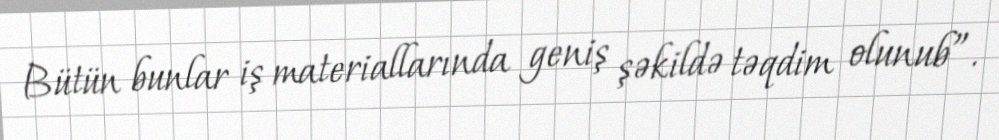
Bütün bunlar iş materiallarında geniş şəkildə təqdim olunub”.